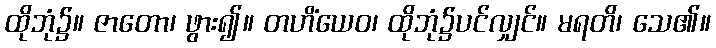
ထိုဘုံ၌။ ဇာတော၊ ဖွား၍။ တဟိံယေဝ၊ ထိုဘုံ၌ပင်လျှင်။ မရတိ၊ သေ၏။